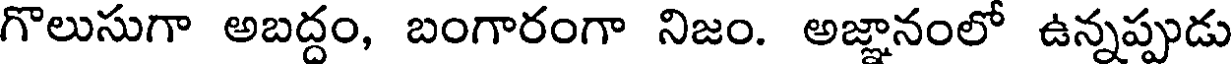
గొలుసుగా అబద్దం, బంగారంగా నిజం. అజ్ఞానంలో ఉన్నప్పుడు